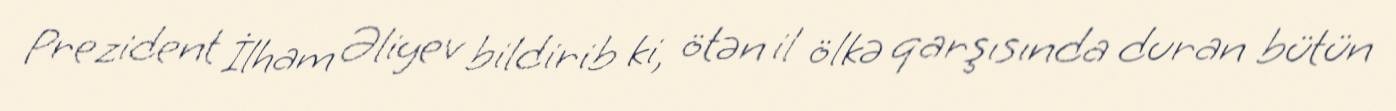
Prezident İlham Əliyev bildirib ki, ötən il ölkə qarşısında duran bütün